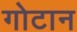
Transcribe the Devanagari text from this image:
गोटान